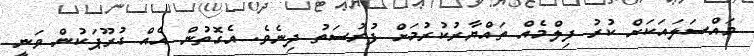
މައްސަލައަކަށް ކުރު ފިލްމެއް ތައްޔާރުކުރުމަށް ފުރުސަތު ދިނެވެ. އެގޮތުން އެއް ގުރޫޕަކުން ވަނީ